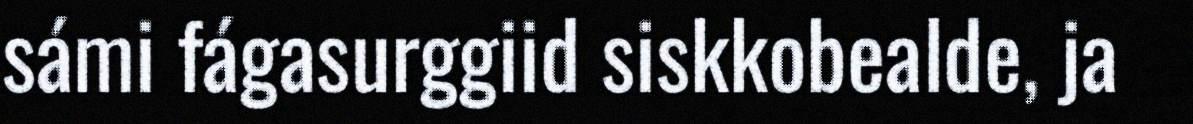
sámi fágasurggiid siskkobealde, ja